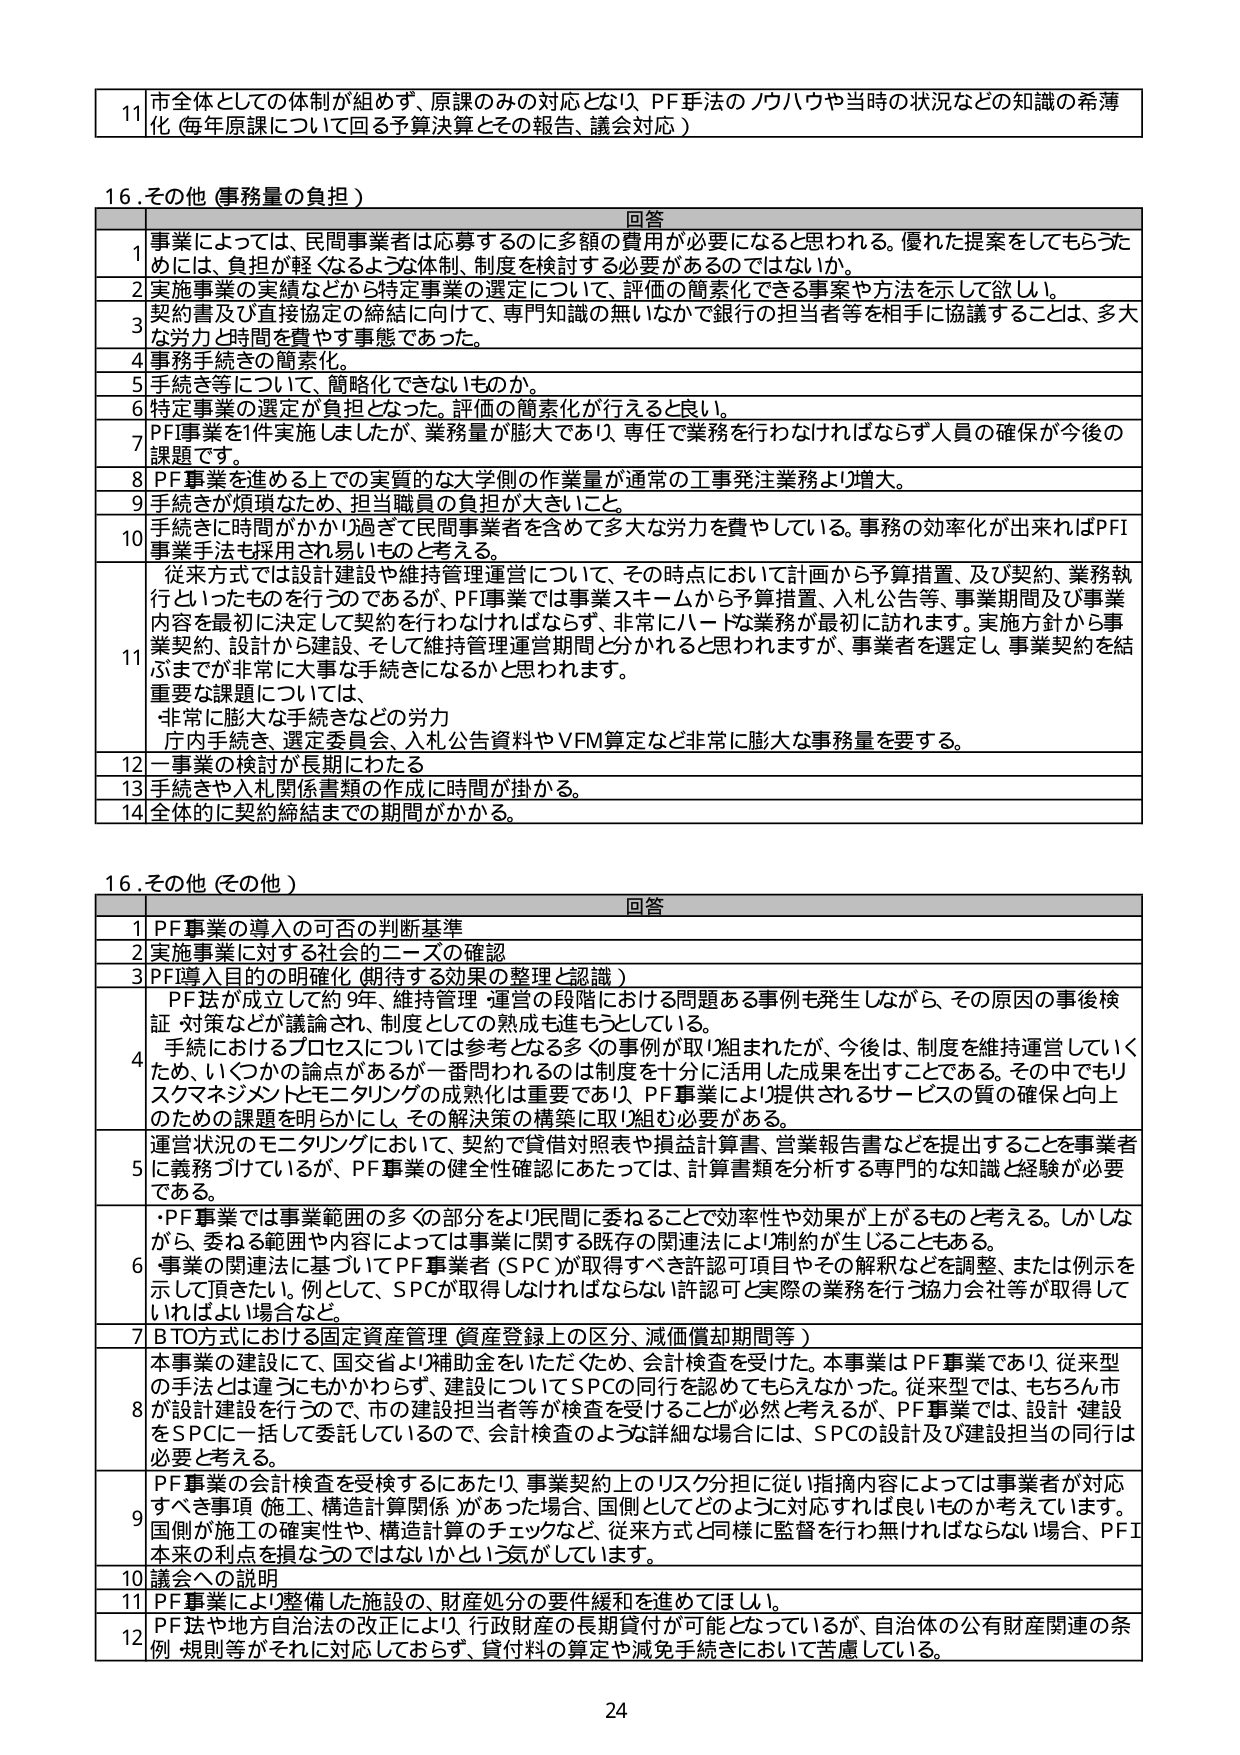
11 市全体としての体制が組めず、原課のみの対応となり、PF手法のノウハウや当時の状況などの知識の希薄化（毎年原課について回る予算決算とその報告、議会対応）

16.その他（事務量の負担）

回答
1 事業によっては、民間事業者は応募するのに多額の費用が必要になると思われる。優れた提案をしてもらうためには、負担が軽くなるような体制、制度を検討する必要があるのではないか。
2 実施事業の実績などから特定事業の選定について、評価の簡素化できる事業や方法を示して欲しい。
3 契約書及び直接協定の締結に向け、専門知識の無いなかで銀行の担当者等を相手に協議することは、多大な労力と時間を費やす事態であった。
4 事務手続きの簡素化。
5 手続き等について、簡略化できないものか。
6 特定事業の選定が負担となった。評価の簡素化が行えると良い。
7 PFI事業を1件実施しましたが、業務量が膨大であり、専任で業務を行わなければならず人員の確保が今後の課題です。
8 PF事業を進める上での実質的な大学側の作業量が通常の工事発注業務より増大。
9 手続きが煩瑣なため、担当職員の負担が大きいこと。
10 手続きに時間がかかり過ぎて民間事業者を含めて多大な労力を費やしている。事務の効率化が出来ればPFI事業手法も採用され易いものと考える。
11 従来方式では設計建設や維持管理運営について、その時点において計画から予算措置、及び契約、業務執行といったものを行うのであるが、PF事業では事業スキームから予算措置、入札公告等、事業期間及び事業内容を最初に決定して契約を行わなければならず、非常にハードな業務が最初に訪れます。実施方針から事業契約、設計から建設、そして維持管理運営期間と分かれると思われますが、事業者を選定し、事業契約を結ぶまでが非常に大事な手続きになるかと思われます。
重要な課題については、
・非常に膨大な手続きなどの労力
・庁内手続き、選定委員会、入札公告資料やVFM算定など非常に膨大な事務量を要する。
12 一事業の検討が長引いたため
13 手続きや入札関係書類の作成に時間が掛かる。
14 全体的に契約締結までの期間がかかる。

16.その他（その他）

回答
1 PF事業の導入の可否の判断基準
2 実施事業に対する社会的ニーズの確認
3 PF導入目的の明確化（期待する効果の整理と認識）
4 PF法が成立して約9年、維持管理・運営の段階における問題ある事例も発生しながら、その原因の事後検討・対策などが議論され、制度としての熟成も進もつとしている。
手続におけるプロセスについては参考となる多くの事例が取り組まれたが、今後は、制度を維持運営していくため、いくつかの論点があるが一番問われるのは制度を十分に活用した成果を出すことである。その中でもリスクマネジメントとモニタリングの成熟化は重要であり、PF事業により提供されるサービスの質の確保と向上のための課題を明らかにし、その解決策の構築に取り組む必要がある。
5 運営状況のモニタリングにおいて、契約で貸借対照表や損益計算書、営業報告書などを提出することを事業者に義務づけているが、PF事業の健全性確認にあたっては、計算書類を分析する専門的な知識と経験が必要である。
6 ・PF事業では事業範囲の多くの部分をより民間に委ねることで効率性や効果が上がるものと考える。しかしながら、委ねる範囲や内容によっては事業に関する既存の関連法により制約が生じることもある。
事業の関連法に基づいてPF事業者（SPC）が取得すべき許認可項目やその解釈などを調整、または例示を示して頂きたい。例として、SPCが取得しなければならない許認可と実際の業務を行う協力会社等が取得していればよい場合など。
7 BTO方式における固定資産管理（資産登録上の区分、減価償却期間等）
8 本事業の建設にて、国交省より補助金をいただき、会計検査を受けた。本事業はPF事業であり、従来型の手法とは違うにもかかわらず、建設についてSPCの同行を認めてもらえなかった。従来型では、もちろん市が設計建設を行うので、市の建設担当者等が検査を受けることが必然と考えるが、PF事業では、設計・建設をSPCに一括して委託しているので、会計検査のような詳細な場合には、SPCの設計及び建設担当の同行は必要と考える。
9 PF事業の会計検査を受検するにあたり、事業契約上のリスク分担に従い指摘内容によっては事業者が対応すべき事項（施工、構造計算関係）があった場合、国側としてどのように対応すれば良いものか考えています。国側が施工の確実性や、構造計算のチェックなど、従来方式と同様に監督を行わなければならない場合、PFI本来の利点を損なうのではないかという気がしています。
10 議会への説明
11 PF事業により整備した施設の、財産処分の要件緩和を進めてほしい。
12 PF法や地方自治法の改正により、行政財産の長期貸付が可能となっているが、自治体の公有財産関連の条例・規則等がそれに対応しておらず、貸付料の算定や減免手続きにおいて苦慮している。

24